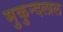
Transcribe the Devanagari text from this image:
मुकुन्दलाल